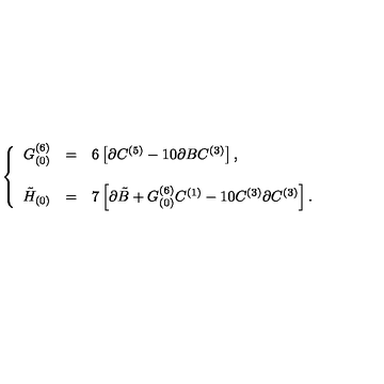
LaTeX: \left\{ \begin{array} { r c l } { G _ { ( 0 ) } ^ { ( 6 ) } } & { = } & { 6 \left[ \partial C ^ { ( 5 ) } - 1 0 \partial B C ^ { ( 3 ) } \right] , } \\ { } & { } & { } \\ { \tilde { H } _ { ( 0 ) } } & { = } & { 7 \left[ \partial \tilde { B } + G _ { ( 0 ) } ^ { ( 6 ) } C ^ { ( 1 ) } - 1 0 C ^ { ( 3 ) } \partial C ^ { ( 3 ) } \right] . } \\ \end{array} \right.